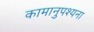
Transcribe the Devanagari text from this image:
कामानुपश्यना